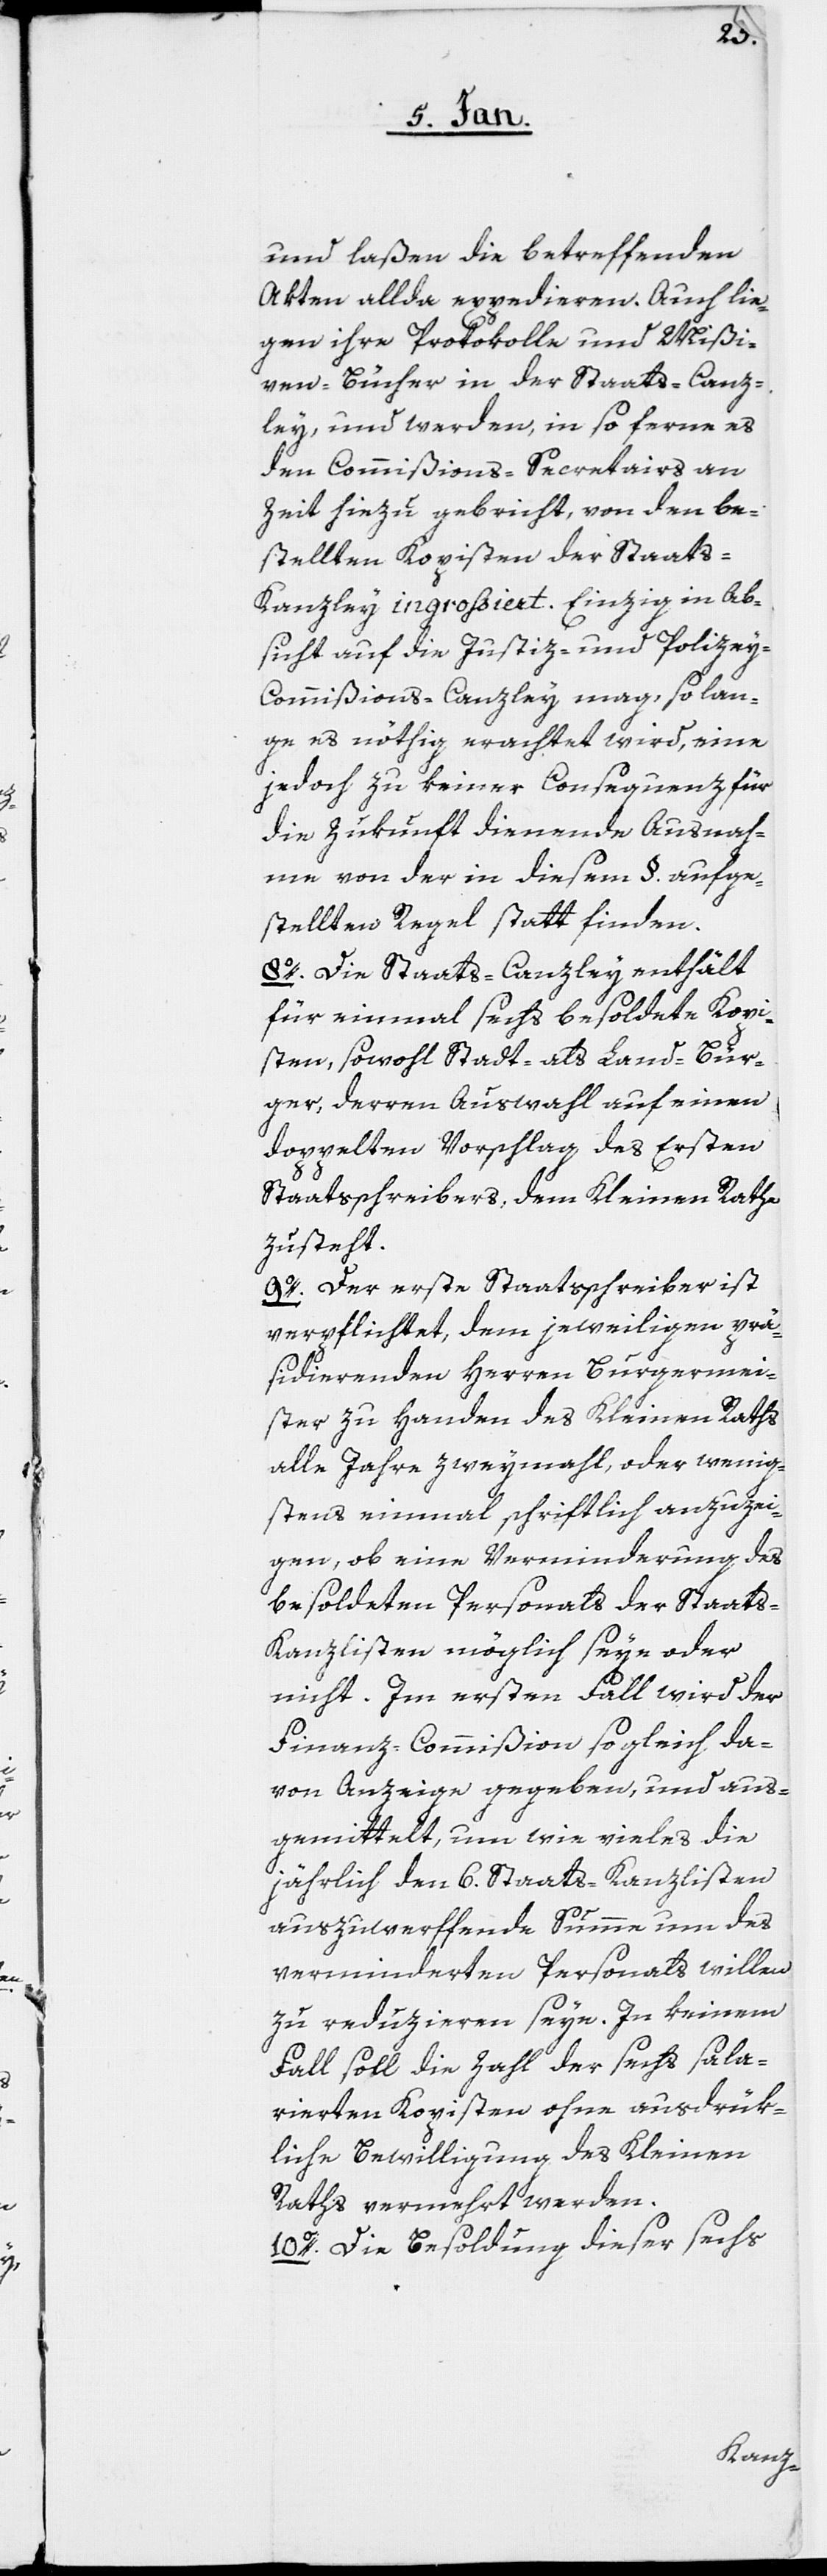
und laßen die betreffenden
Akten allda expedieren. Auch lie¬
gen ihre Protokolle und Mißi¬
ven-Bücher in der Staats-Canz¬
ley, und werden, in so ferne es
den Commißions-Secretairs an
Zeit hiezu gebricht, von den be¬
stellten Kopisten der Staats-K¬
anzley ingroßiert. Einzig in Ab¬
sicht auf die Justiz- und Polizey-C¬
ommißions-Canzley mag, so lan¬
ge es nöthig erachtet wird, eine
jedoch zu keiner Consequenz für
die Zukunft dienende Ausnah¬
me von der in diesem §. aufge¬
stellten Regel statt finden.
8o. Die Staats-Canzley enthält
für einmal sechs besoldete Kopi¬
sten, sowohl Stadt- als Land-Bür¬
ger, deren Auswahl auf einen
doppelten Vorschlag des Ersten
Staatsschreibers, dem Kleinen Rathe
zusteht.
9o. Der erste Staatsschreiber ist
verpflichtet, dem jeweiligen prä¬
sidierenden Herren Burgermei¬
ster zu Handen des Kleinen Raths
alle Jahre zweymahl, oder wenig¬
stens einmal schriftlich anzuzei¬
gen, ob eine Verminderung des
besoldeten Personals der Staat¬
s-Kanzlisten möglich seye oder
nicht. Im ersten Fall wird der
Finanz-Commißion sogleich da¬
von Anzeige gegeben, und aus¬
gemittelt, um wie vieles die
jährlich den 6. Staats-Kanzlisten
auszuwerffende Summe um des
verminderten Personals willen
zu reduzieren seye. In keinem
Fall soll die Zahl der sechs sala¬
rierten Kopisten ohne ausdrük¬
liche Bewilligung des Kleinen
Raths vermehrt werden.
10o. Die Besoldung dieser sechs